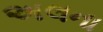
અલના